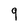
Character: 9